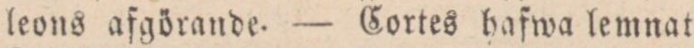
leons afgörande. — Cortes hafwa lemnat